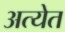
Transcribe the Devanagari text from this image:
अत्येत